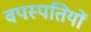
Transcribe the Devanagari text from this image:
वपस्पतियों